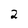
Character: 2